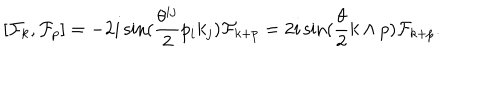
LaTeX: [ { \cal F } _ { k } , { \cal F } _ { p } ] = - 2 i \sin ( \frac { \theta ^ { i j } } { 2 } p _ { i } k _ { j } ) { \cal F } _ { k + p } = 2 i \sin ( \frac { \theta } { 2 } k \wedge p ) { \cal F } _ { k + p } .